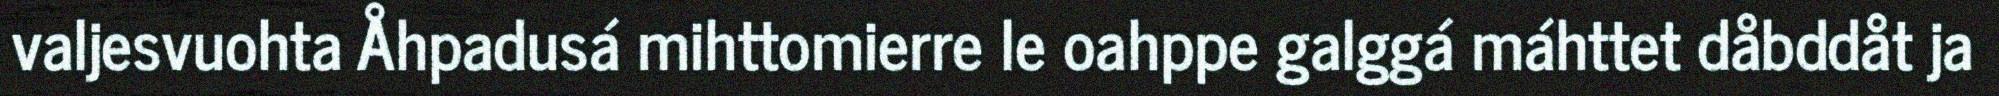
valjesvuohta Åhpadusá mihttomierre le oahppe galggá máhttet dåbddåt ja